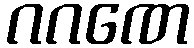
ဂဂဏေ